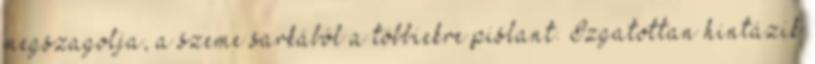
megszagolja, a szeme sarkából a többiekre pislant. Izgatottan hintázik